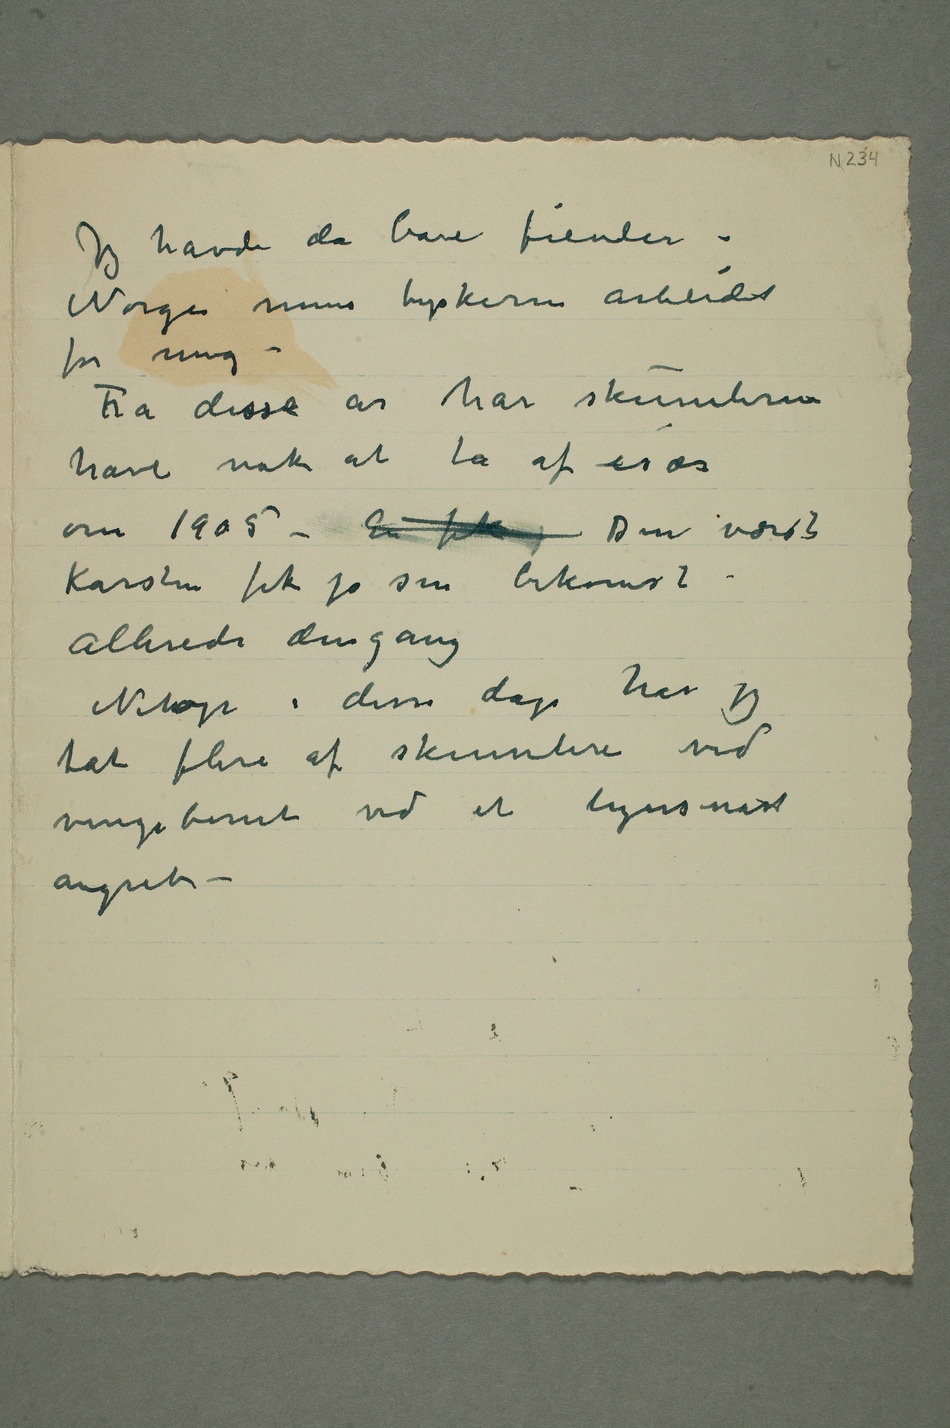
Jeg havde da bare fiender i
Norge mens tyskerne arbeidet
for mig –
Fra disse år har skumlerne
om 1905 – En fik j Den værste
Karsten fik jo sin bekomst
allerede den gang
Netop i disse dage har jeg
tat flere av skumlerne ved
vingebenet ved et lynsnart
angreb –